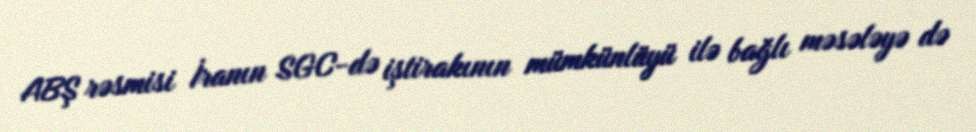
ABŞ rəsmisi İranın SGC-də iştirakının mümkünlüyü ilə bağlı məsələyə də